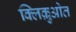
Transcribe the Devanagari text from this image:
क्लिक़ुओत